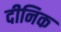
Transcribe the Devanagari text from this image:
दीनिक